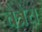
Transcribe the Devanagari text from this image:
चैत्रेय